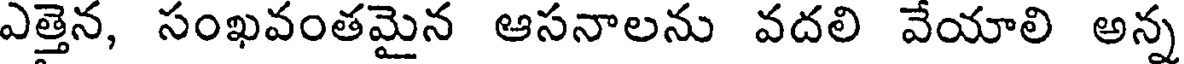
ఎత్తెన, సంఖవంతమైన ఆసనాలను వదలి వేయాలి అన్న